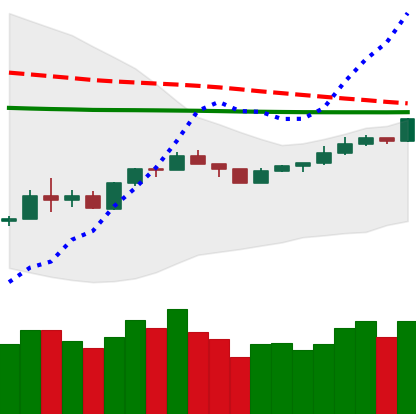
Ticker: XMR-USD
Chart end date: 2020-04-06
Forward return: -8.22%
Label: down_7plus